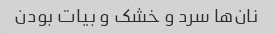
نان‌ها سرد و خشک و بیات بودن